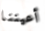
أعيننا